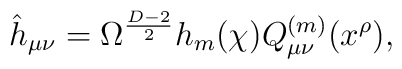
\hat h_{\mu\nu} = \Omega^{{D-2} \over 2}h_m(\chi) Q^{(m)}_{\mu\nu}(x^{\rho}),